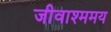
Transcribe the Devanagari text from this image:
जीवाश्ममय